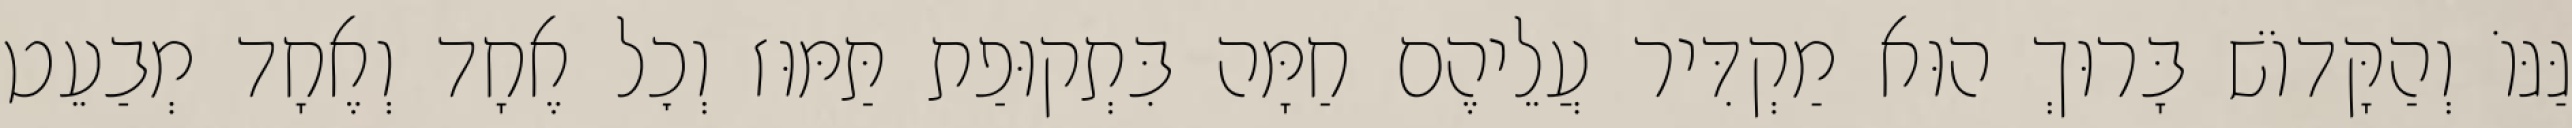
גַּגּוֹ וְהַקָּדוֹשׁ בָּרוּךְ הוּא מַקְדִּיר עֲלֵיהֶם חַמָּה בִּתְקוּפַת תַּמּוּז וְכׇל אֶחָד וְאֶחָד מְבַעֵט